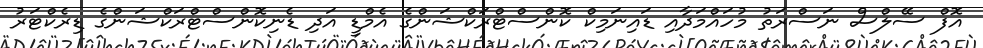
އޮފް ސޭލްސް ނަސްރަތު މުހަައްމަދާއި ޑައިނަމިކް ކޮންސްޓްރަކްޝަންގެ އެމްޑީ އަދި ޑެނިކޮންސްޓްރަކްޝަންގެ ޑިރެކްޓަރު